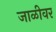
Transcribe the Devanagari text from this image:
जाळीवर